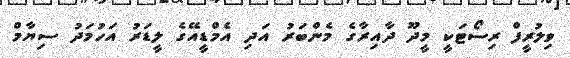
ވިލުރީފް ރިސޯޓަކީ މީދޫ ދާއިރާގެ މެންބަރު އަދި އެމްޑީއޭގެ ލީޑަރު އަހުމަދު ސިޔާމް